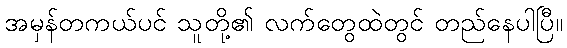
အမှန်တကယ်ပင် သူတို့၏ လက်တွေထဲတွင် တည်နေပါပြီ။